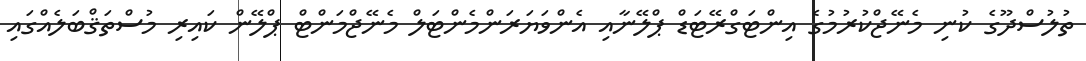
ތުލުސްދޫގެ ކުނި މެނޭޖްކުރުމުގެ އިންޓަގްރޭޓަޑް ޕްލޭނާއި އެންވަޔަރަންމެންޓަލް މެނޭޖްމަންޓް ޕްލޭން ކައިރި މުސްތަޤްބަލެއްގައި